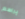
يراهم